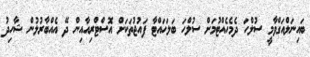
ބައިނަލްއަގްވާމީ ސުލްހަ ދެމެހެއްޓުމަށް ސުލްހަ ބަލަހައްޓާ ފައުޖުތަކަށް އޮސްޓްރިއާއިން ދޭ އެއްބާރުލުން ޝާހިދު